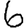
Digit: 6